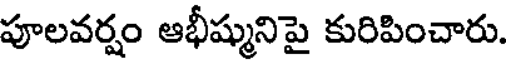
పూలవర్షం ఆభీష్మునిపై కురిపించారు.